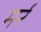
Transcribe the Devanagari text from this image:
मर्र